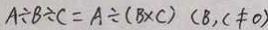
A \div B \div C = A \div ( B \times C ) ( B , C \neq 0 )